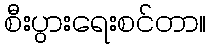
စီးပွားရေးစင်တာ။